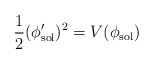
\begin{align*}\frac{1}{2}(\phi_{\rm sol}')^{2}=V(\phi_{\rm sol})\end{align*}